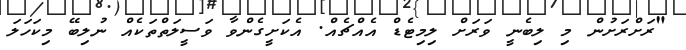
"ރަށްރަށުން މި ލިބެނީ ވަރަށް ލިމިޓެޑް އެއްޗެއް. އެކަށީގެންވާ ވަސީލަތްތަކެއް ނުލިބޭ މިކަހަލަ